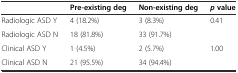
<table><thead><tr><td></td><td><b>Pre-existing deg</b></td><td><b>Non-existing deg</b></td><td><b><i>p</i>value</b></td></tr></thead><tbody><tr><td>Radiologic ASD Y</td><td>4 (18.2%)</td><td>3 (8.3%)</td><td rowspan="2">0.41</td></tr><tr><td>Radiologic ASD N</td><td>18 (81.8%)</td><td>33 (91.7%)</td></tr><tr><td>Clinical ASD Y</td><td>1 (4.5%)</td><td>2 (5.7%)</td><td rowspan="2">1.00</td></tr><tr><td>Clinical ASD N</td><td>21 (95.5%)</td><td>34 (94.4%)</td></tr></tbody></table>